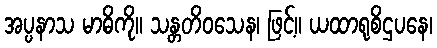
အပ္ပနာသ မာဓိကို။ သန္တတိဝသေန၊ ဖြင့်။ ယထာရုစိဌပနေ၊